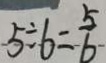
5 \div 6 = \frac { 5 } { 6 }